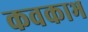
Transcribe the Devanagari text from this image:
कवकाभ